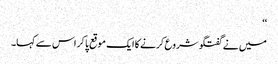
‘‘
میں نے گفتگو شروع کرنے کا ایک موقع پا کر اس سے کہا۔